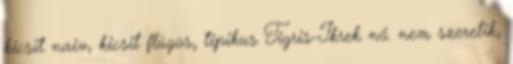
kicsit naiv, kicsit flúgos, tipikus Tigris-Ikrek nő. nem szeretik,